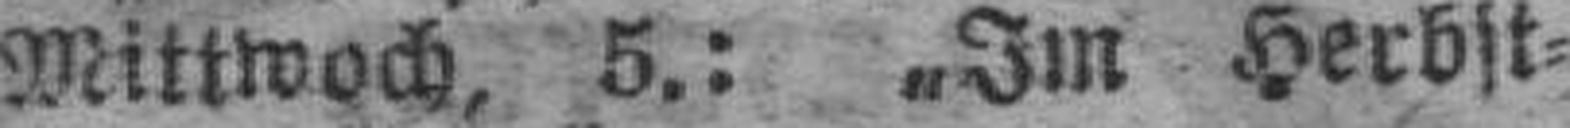
Mittwoch, 5.: „Im Herbst¬